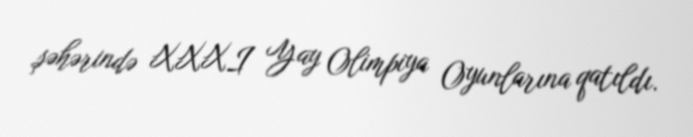
şəhərində XXXI Yay Olimpiya Oyunlarına qatıldı.